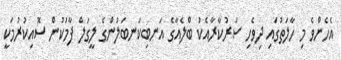
އެހެންވެ މި ހާލަތުގައި ދިވެހި ސަރުކާރާއެކު ބްލެއާގެ އަނބިކަނބަލުންގެ ލީގަލް ފާމަކުން ސޮއިކުރުމަކީ